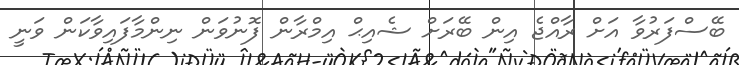
ބޭސްފަރުވާ އަށް ރާއްޖެ އިން ބޭރަށް ޝެއިޙް އިމްރާން ފޮނުވަން ނިންމާފައިވާކަން ވަނީ